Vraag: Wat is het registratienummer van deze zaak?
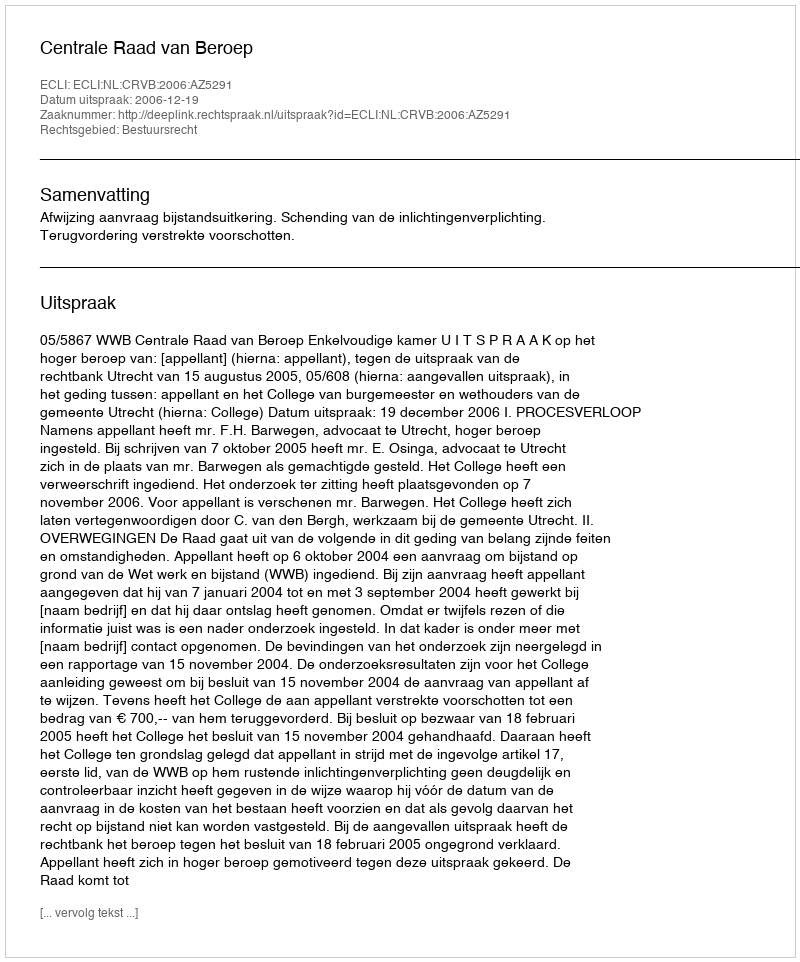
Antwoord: http://deeplink.rechtspraak.nl/uitspraak?id=ECLI:NL:CRVB:2006:AZ5291